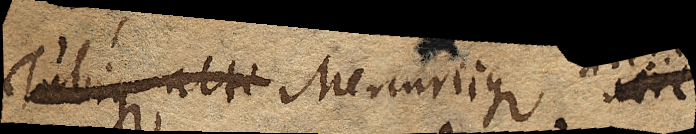
Tubique alti Mercuriique